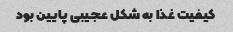
کیفیت غذا به شکل عجیبی پایین بود